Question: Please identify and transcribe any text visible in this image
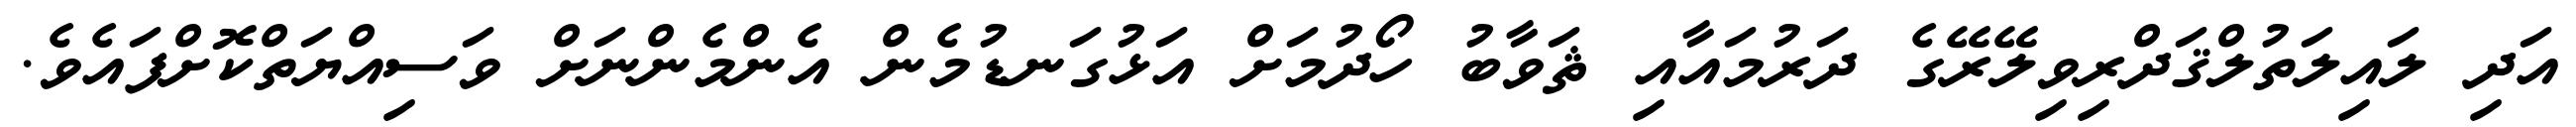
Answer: އަދި ލައިލަތުލްޤަދްރިވިލޭރޭގެ ދަރުމައާއި ޘަވާބު ހޯދުމަށް އަޅުގަނޑުމެން އެންމެންނަށް ވަސިއްޔަތްކޮށްފައެވެ.